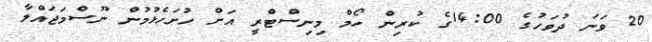
20 ވަނަ ދުވަހުގެ 14:00ގެ ކުރިން ހޯމް މިނިސްޓްރީ އަށް ހުށަހެޅުމުން ނޫސްމަޖައްލާ